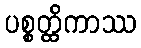
ပစ္စတ္ထိကာဿ